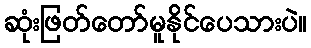
ဆုံးဖြတ်တော်မူနိုင်ပေသားပဲ။